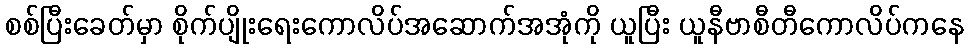
စစ်ပြီးခေတ်မှာ စိုက်ပျိုးရေးကောလိပ်အဆောက်အအုံကို ယူပြီး ယူနီဗာစီတီကောလိပ်ကနေ